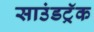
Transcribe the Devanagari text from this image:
साउंडट्रॅक